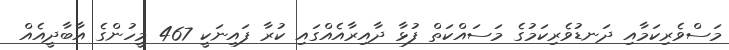
މަސްވެރިކަމާއި ދަނޑުވެރިކަމުގެ މަސައްކަތް ފުޅާ ދާއިރާއެއްގައި ކުރާ ފައިނަކީ 467 މީހުންގެ އާބާދީއެއް